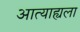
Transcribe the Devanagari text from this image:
आत्याह्यला